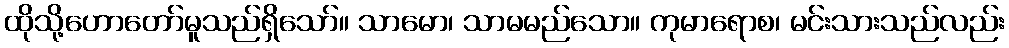
ထိုသို့ဟောတော်မူသည်ရှိသော်။ သာမော၊ သာမမည်သော။ ကုမာရောစ၊ မင်းသားသည်လည်း